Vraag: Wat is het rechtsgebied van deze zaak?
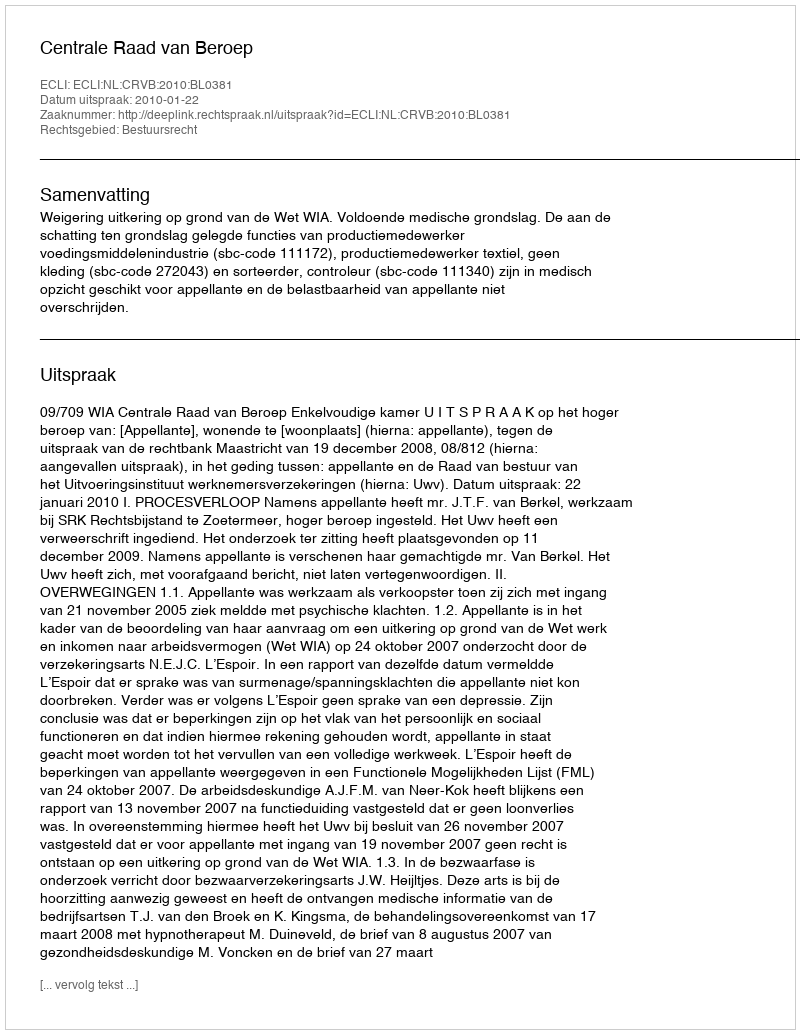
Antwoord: Bestuursrecht